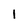
Character: l